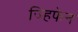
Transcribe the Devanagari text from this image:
ज्हिफेन